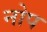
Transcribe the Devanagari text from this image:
नोप